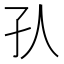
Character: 𡤿